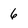
Character: 6